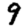
Digit: 9